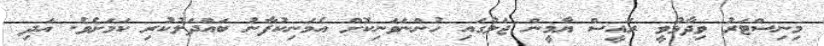
މިނިސްޓަރު ވިދާޅުވީ ރައީސް ޔާމީން ޖަލުގައި ހުންނަވަނިކޮށް އެމަނިކުފާނު ބައްދަލުކުރި ކަމަށެވެ. އަދި